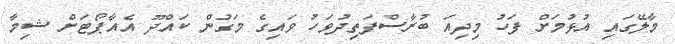
މާލޭގައި އުޅުމަށް ފަހު މިދިއަ ބުރާސްފަތިދުވަހު ވައިގެ މަގުން ކައްދޫ އެއާޕޯޓަށް ޝިމާ